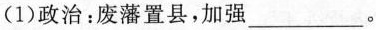
(1)政治：废藩置县，加强___。